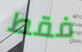
فقط